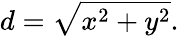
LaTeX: d={\sqrt{x^{2}+y^{2}}}.